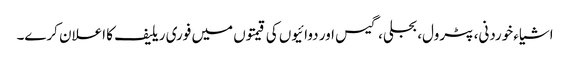
اشیاء خوردنی، پٹرول، بجلی، گیس اور دوائیوں کی قیمتوں میں فوری ریلیف کا اعلان کرے۔